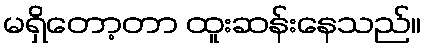
မရှိတော့တာ ထူးဆန်းနေသည်။